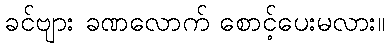
ခင်ဗျား ခဏလောက် စောင့်ပေးမလား။